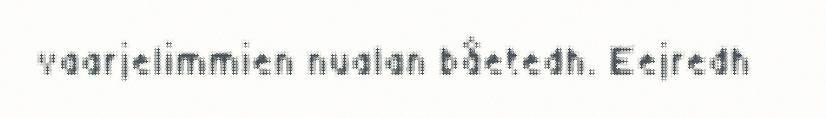
vaarjelimmien nualan båetedh. Eejredh